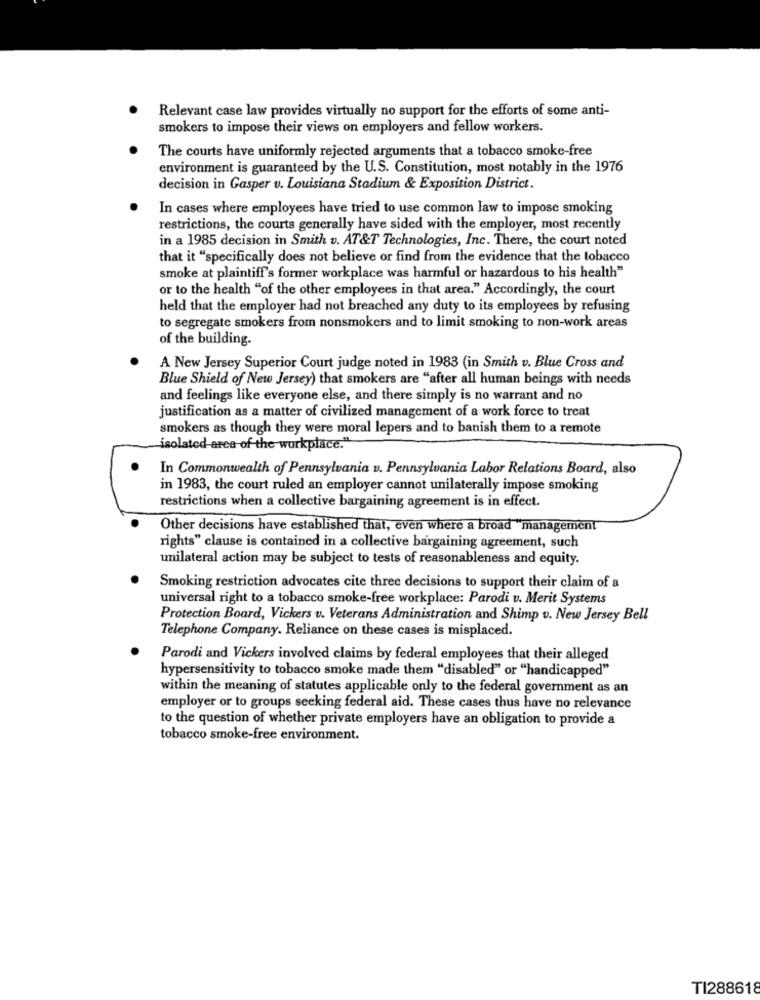
Relevant case law provides virtually no support for the efforts of some anti-
smokers to impose their views on employers and fellow workers.
The courts have uniformly rejected arguments that a tobacco smoke-free
environment is guaranteed by the U.S. Constitution, most notably in the 1976
decision in Gasper v. Louisiana Stadium & Exposition District.
In cases where employees have tried to use common law to impose smoking
restrictions, the courts generally have sided with the employer, most recently
in a 1985 decision in Smith v. AT&T Technologies, Inc. There, the court noted
that it "specifically does not believe or find from the evidence that the tobacco
smoke at plaintiff's former workplace was harmful or hazardous to his health"
or to the health "of the other employees in that area." Accordingly, the court
held that the employer had not breached any duty to its employees by refusing
to segregate smokers from nonsmokers and to limit smoking to non-work areas
of the building.
A New Jersey Superior Court judge noted in 1983 (in Smith v. Blue Cross and
Blue Shield of New Jersey) that smokers are "after all human beings with needs
and feelings like everyone else, and there simply is no warrant and no
justification as a matter of civilized management of a work force to treat
smokers as though they were moral lepers and to banish them to a remote
isolated area of the workplace.
In Commonwealth of Pennsylvania v. Pennsylvania Labor Relations Board, also
in 1983, the court ruled an employer cannot unilaterally impose smoking
restrictions when a collective bargaining agreement is in effect.
Other decisions have established that, even where a broad "management
rights" clause is contained in a collective bargaining agreement, such
unilateral action may be subject to tests of reasonableness and equity.
Smoking restriction advocates cite three decisions to support their claim of a
universal right to a tobacco smoke-free workplace: Parodi v. Merit Systems
Protection Board, Vickers v. Veterans Administration and Shimp v. New Jersey Bell
Telephone Company. Reliance on these cases is misplaced
Parodi and Vickers involved claims by federal employees that their alleged
hypersensitivity to tobacco smoke made them "disabled" or "handicapped"
within the meaning of statutes applicable only to the federal government as an
employer or to groups seeking federal aid. These cases thus have no relevance
to the question of whether private employers have an obligation to provide a
tobacco smoke-free environment.
TI288618